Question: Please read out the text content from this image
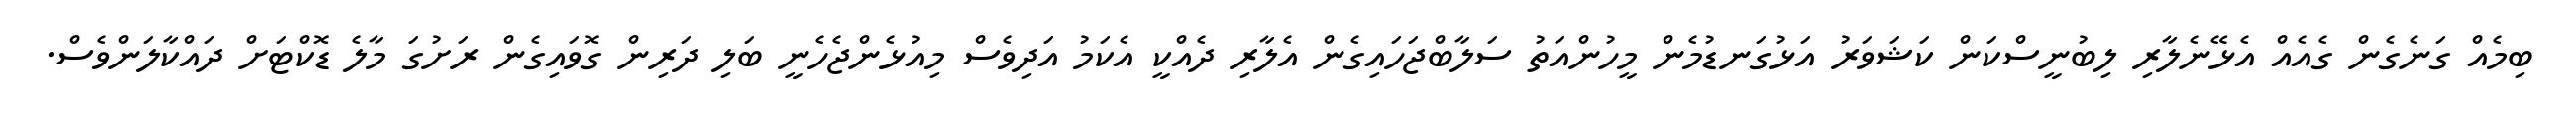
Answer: ބިމެއް ގަނެގެން ގެއެއް އެޅޭނެލާރި ލިބުނީސްކަން ކަޝަވަރު އަޅުގަނޑުމެން މީހުންއަތު ސަލާބްޖަހައިގެން އެލާރި ދެއްކީ އެކަމު އަދިވެސް މިއުޅެންޖެހެނީ ބަލި ދަރިން ގޮވައިގެން ރަށުގަ މާލެ ޑޮކްޓަށް ދައްކާލަންވެސް.